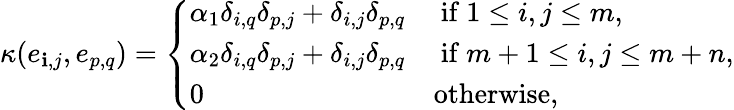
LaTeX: \kappa(e_{\mathbf{i},j},e_{p,q})=\left\{ \begin{array}{ll}{\alpha_{1}\delta_{i,q}\delta_{p,j}+\delta_{i,j}\delta_{p,q}}&{\mathrm{~if~}1\leq i,j\leq m,}\\ {\alpha_{2}\delta_{i,q}\delta_{p,j}+\delta_{i,j}\delta_{p,q}}&{\mathrm{~if~}m+1\leq i,j\leq m+n,}\\ {0}&{\mathrm{otherwise},}\end{array}\right.